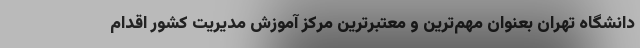
دانشگاه تهران بعنوان مهم‌ترین و معتبرترین مرکز آموزش مدیریت کشور اقدام